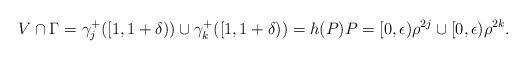
LaTeX: \begin{align*} V\cap\Gamma = \gamma^+_j([1,1+\delta))\cup\gamma^+_k([1,1+\delta)) = h(P) P=[0,\epsilon)\rho^{2j}\cup[0,\epsilon)\rho^{2k}.\end{align*}